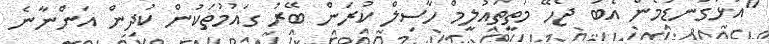
"އަޅުގަނޑުމެން އެބަ ޖެހޭ މަތީތައުލީމް ހާސިލް ކުރަން ބޭރު ގައުމުތަކުން ކުދިން އަންނާނެ